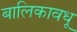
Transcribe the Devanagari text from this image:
बालिकावधू